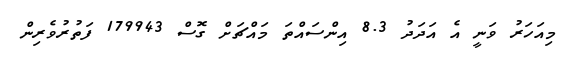
މިއަހަރު ވަނީ އެ އަދަދު 8.3 އިންސައްތަަ މައްޗަށް ގޮސް 179943 ފަތުރުވެރިން